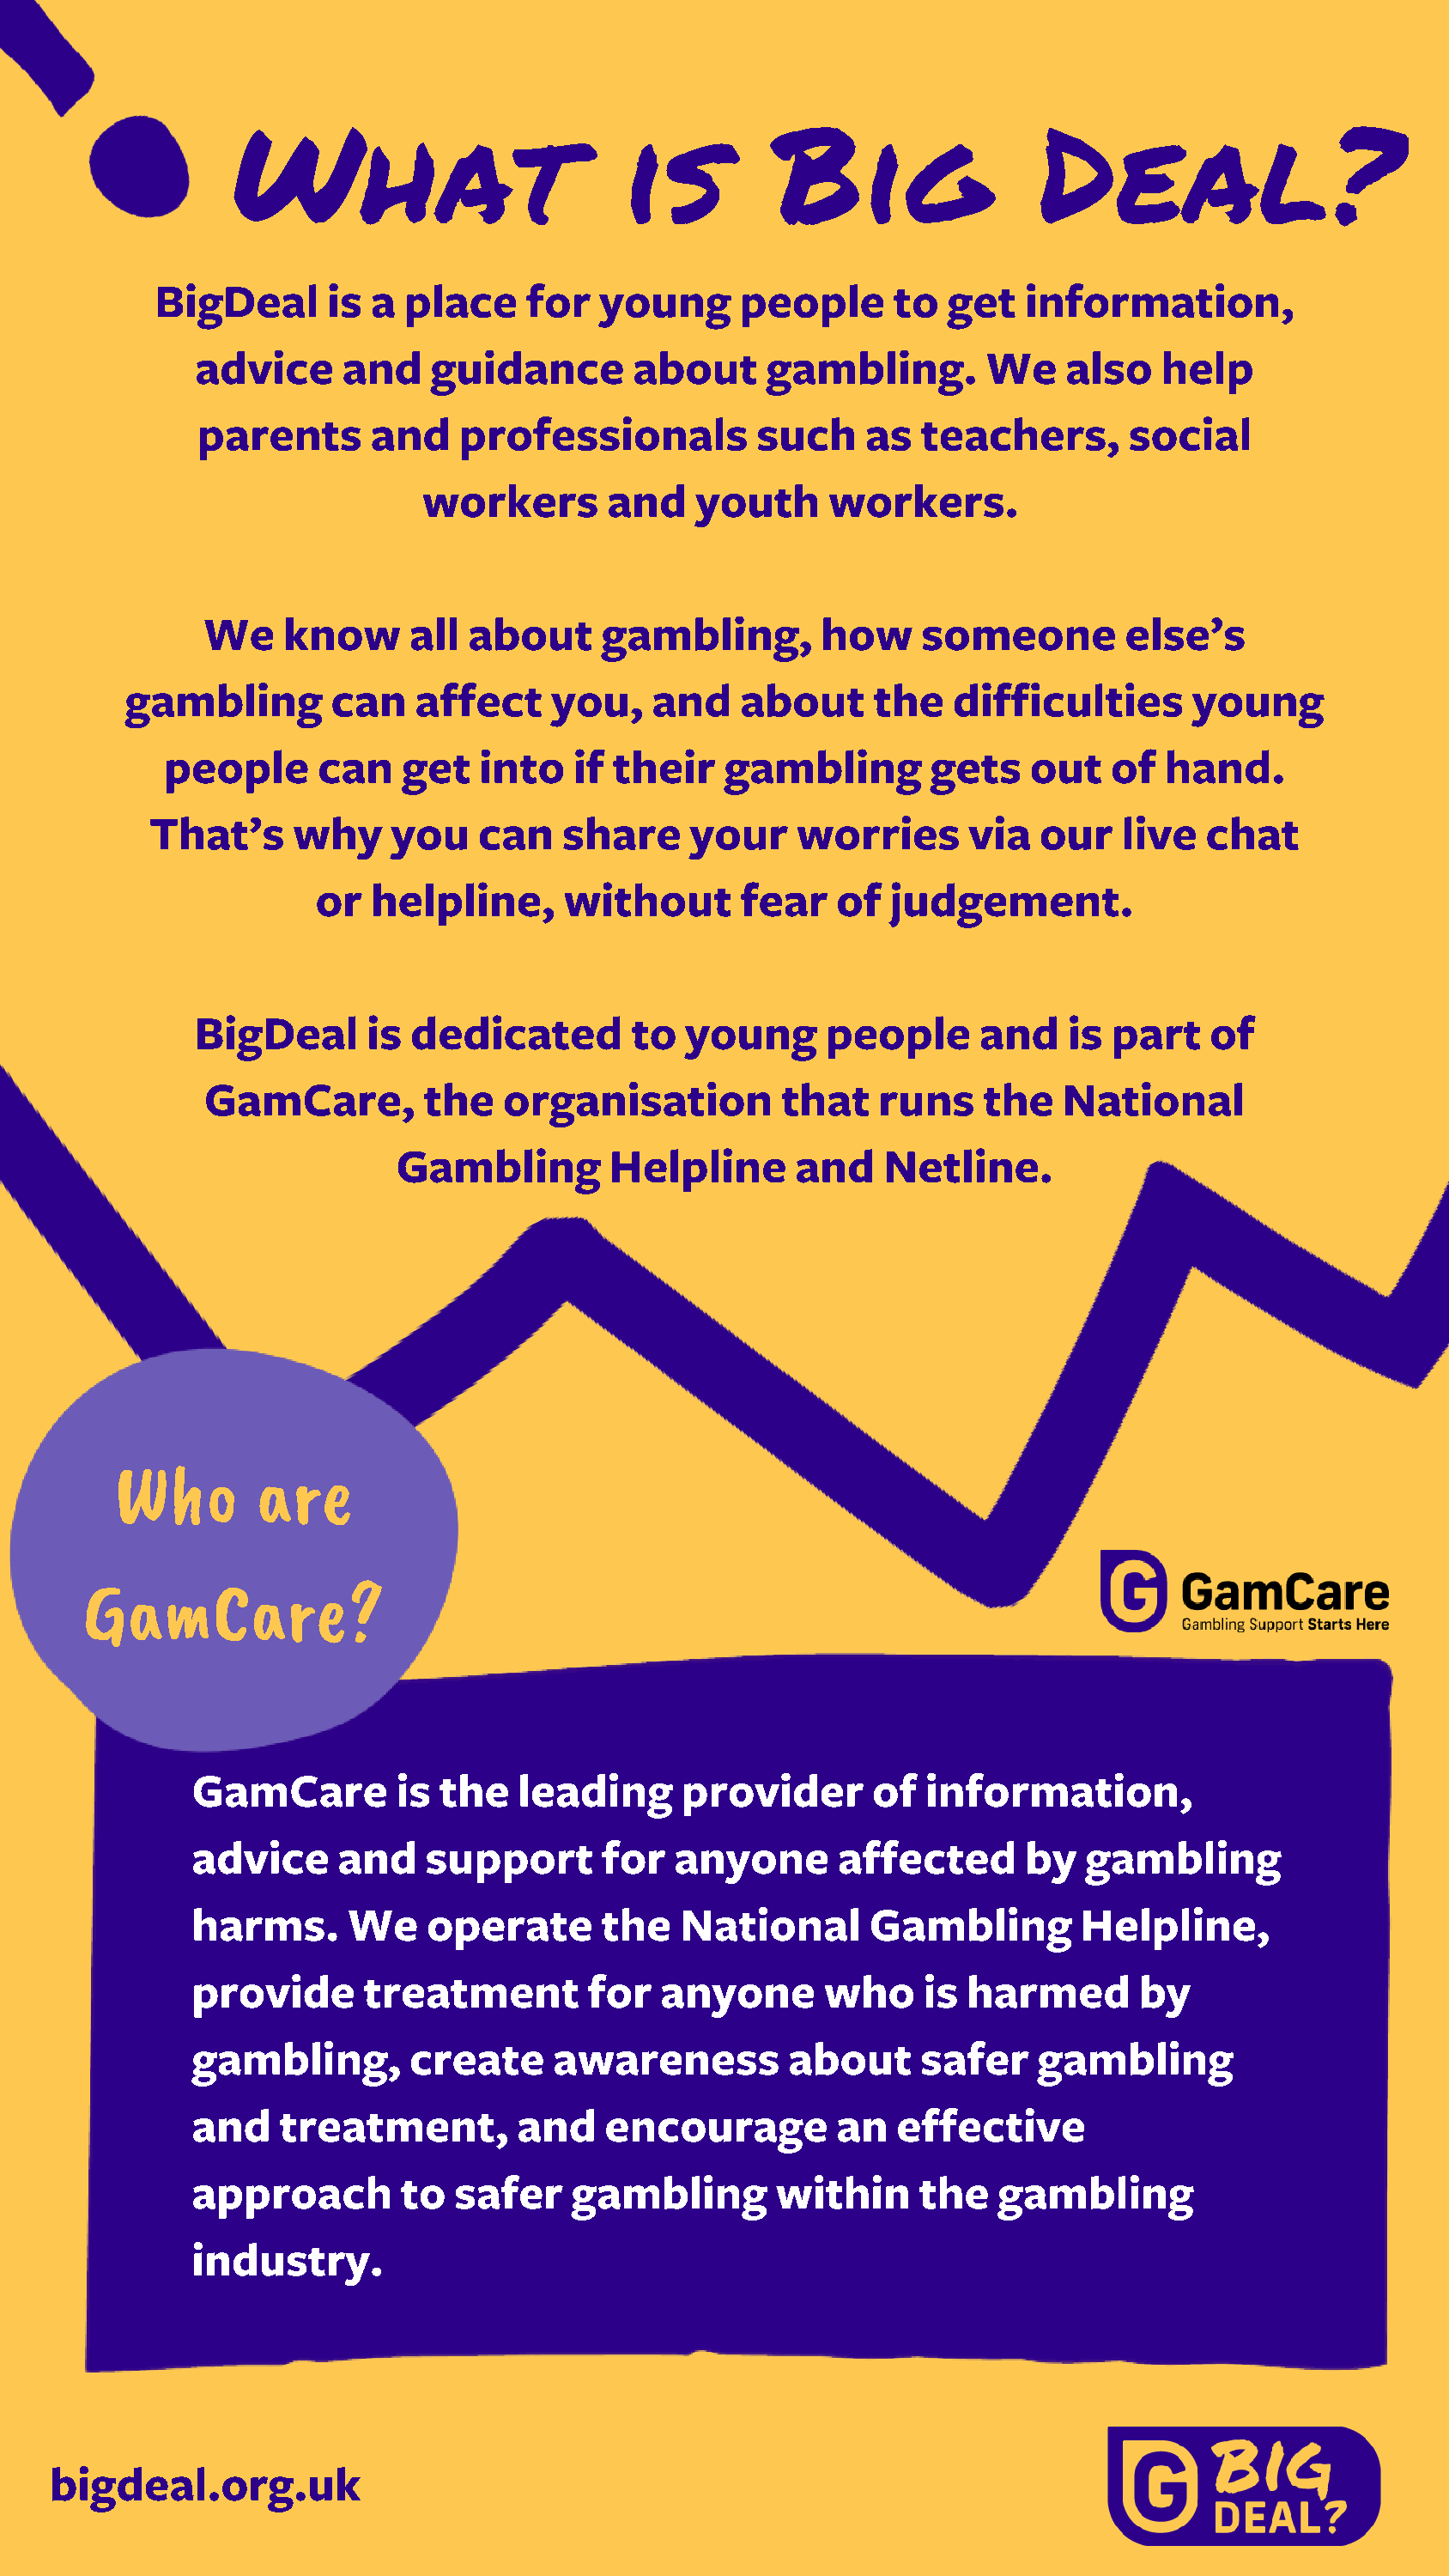
What                          is          Big                 Deal?
 BigDeal      is  a place     for  young      people      to  get   information,
 advice     and    guidance        about     gambling.        We    also    help
 parents       and   professionals          such     as  teachers,       social
 workers       and    youth     workers.
 We    know      all about     gambling,        how     someone         else’s
 gambling        can   affect    you,    and    about     the   difficulties       young
 people      can   get   into   if their    gambling        gets   out    of  hand.
 That’s     why    you    can   share     your    worries       via  our   live   chat
 or   helpline,     without       fear   of   judgement.
 BigDeal      is  dedicated        to  young      people      and   is  part   of
 GamCare,         the   organisation         that    runs    the   National
 Gambling        Helpline      and    Netline.
 Who        are
 GamCare?
 GamCare         is the   leading      provider      of  information,
 advice     and    support      for   anyone       affected      by   gambling
 harms.      We    operate      the   National       Gambling        Helpline,
 provide      treatment        for   anyone       who    is  harmed       by
 gambling,        create     awareness         about     safer    gambling
 and    treatment,        and    encourage        an   effective
 approach        to  safer    gambling        within     the   gambling
 industry.
 bigdeal.org.uk